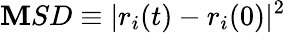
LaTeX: \mathbf{M}SD\equiv|r_{i}(t)-r_{i}(0)|^{2}